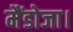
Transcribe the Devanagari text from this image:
मैंडोजा।